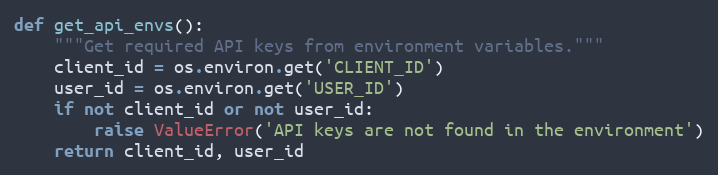
Language: Python
def get_api_envs():
    """Get required API keys from environment variables."""
    client_id = os.environ.get('CLIENT_ID')
    user_id = os.environ.get('USER_ID')
    if not client_id or not user_id:
        raise ValueError('API keys are not found in the environment')
    return client_id, user_id